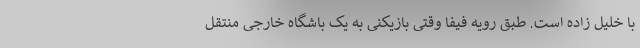
با خلیل زاده است. طبق رویه فیفا وقتی بازیکنی به یک باشگاه خارجی منتقل